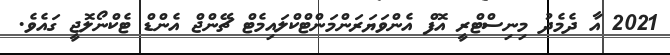
2021 އާ ދެމެދު މިނިސްޓްރީ އޮފް އެންވަޔަރަންމަންޓްކްލައިމެޓް ޗޭންޖް އެންޑް ޓެކްނޯލޮޖީ ގައެވެ.